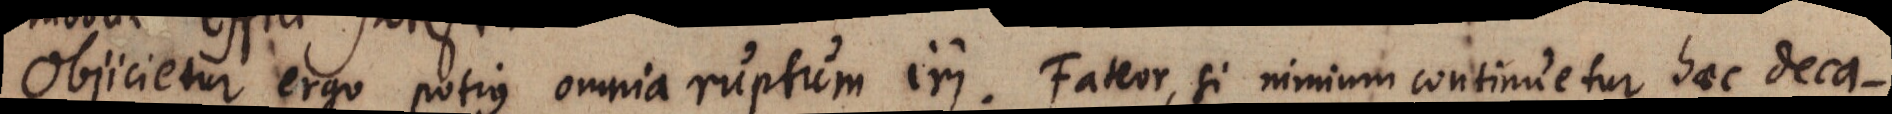
Objicietur ergo potius omnia ruptum iri. Fateor, si nimium continuetur haec deca-